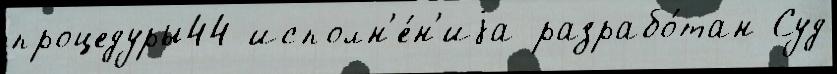
процедуры44 исполн'е́н'иjа разрабо́тан Суд